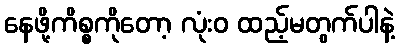
နေဖို့ကိစ္စကိုတော့ လုံးဝ ထည့်မတွက်ပါနဲ့